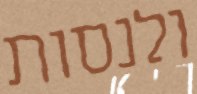
ולנסות